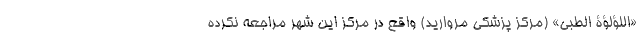
«اللؤلؤة الطبی» (مرکز پزشکی مروارید) واقع در مرکز این شهر مراجعه نکرده